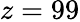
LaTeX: z=99